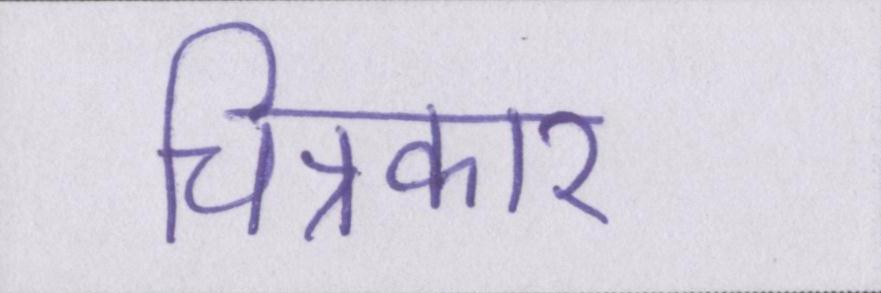
चित्रकार